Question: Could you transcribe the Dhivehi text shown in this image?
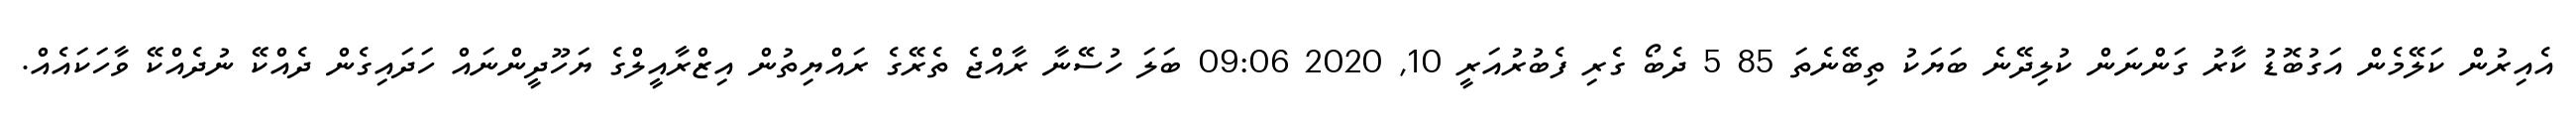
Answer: އެއިރުން ކަލޭމެން އަގުބޮޑު ކާރު ގަންނަން ކުލިދޭނެ ބަޔަކު ތިބޭނެތަ 85 5 ދެބޯ ގެރި ފެބުރުއަރީ 10, 2020 09:06 ބަލަ ހުސޭނާ ރާއްޖެ ތެރޭގެ ރައްޔިތުން އިޒްރާއީލްގެ ޔަހޫދީންނައް ހަދައިގެން ދެއްކޭ ނުދެއްކޭ ވާހަކައެއް.